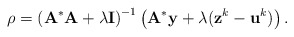
\begin{align*}\rho = \left(\mathbf{A}^*\mathbf{A}+ \lambda \mathbf{I}\right)^{-1} \left( \mathbf{A}^*\mathbf{y} +\lambda(\mathbf{z}^k - \mathbf{u}^k) \right).\end{align*}